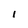
Character: i